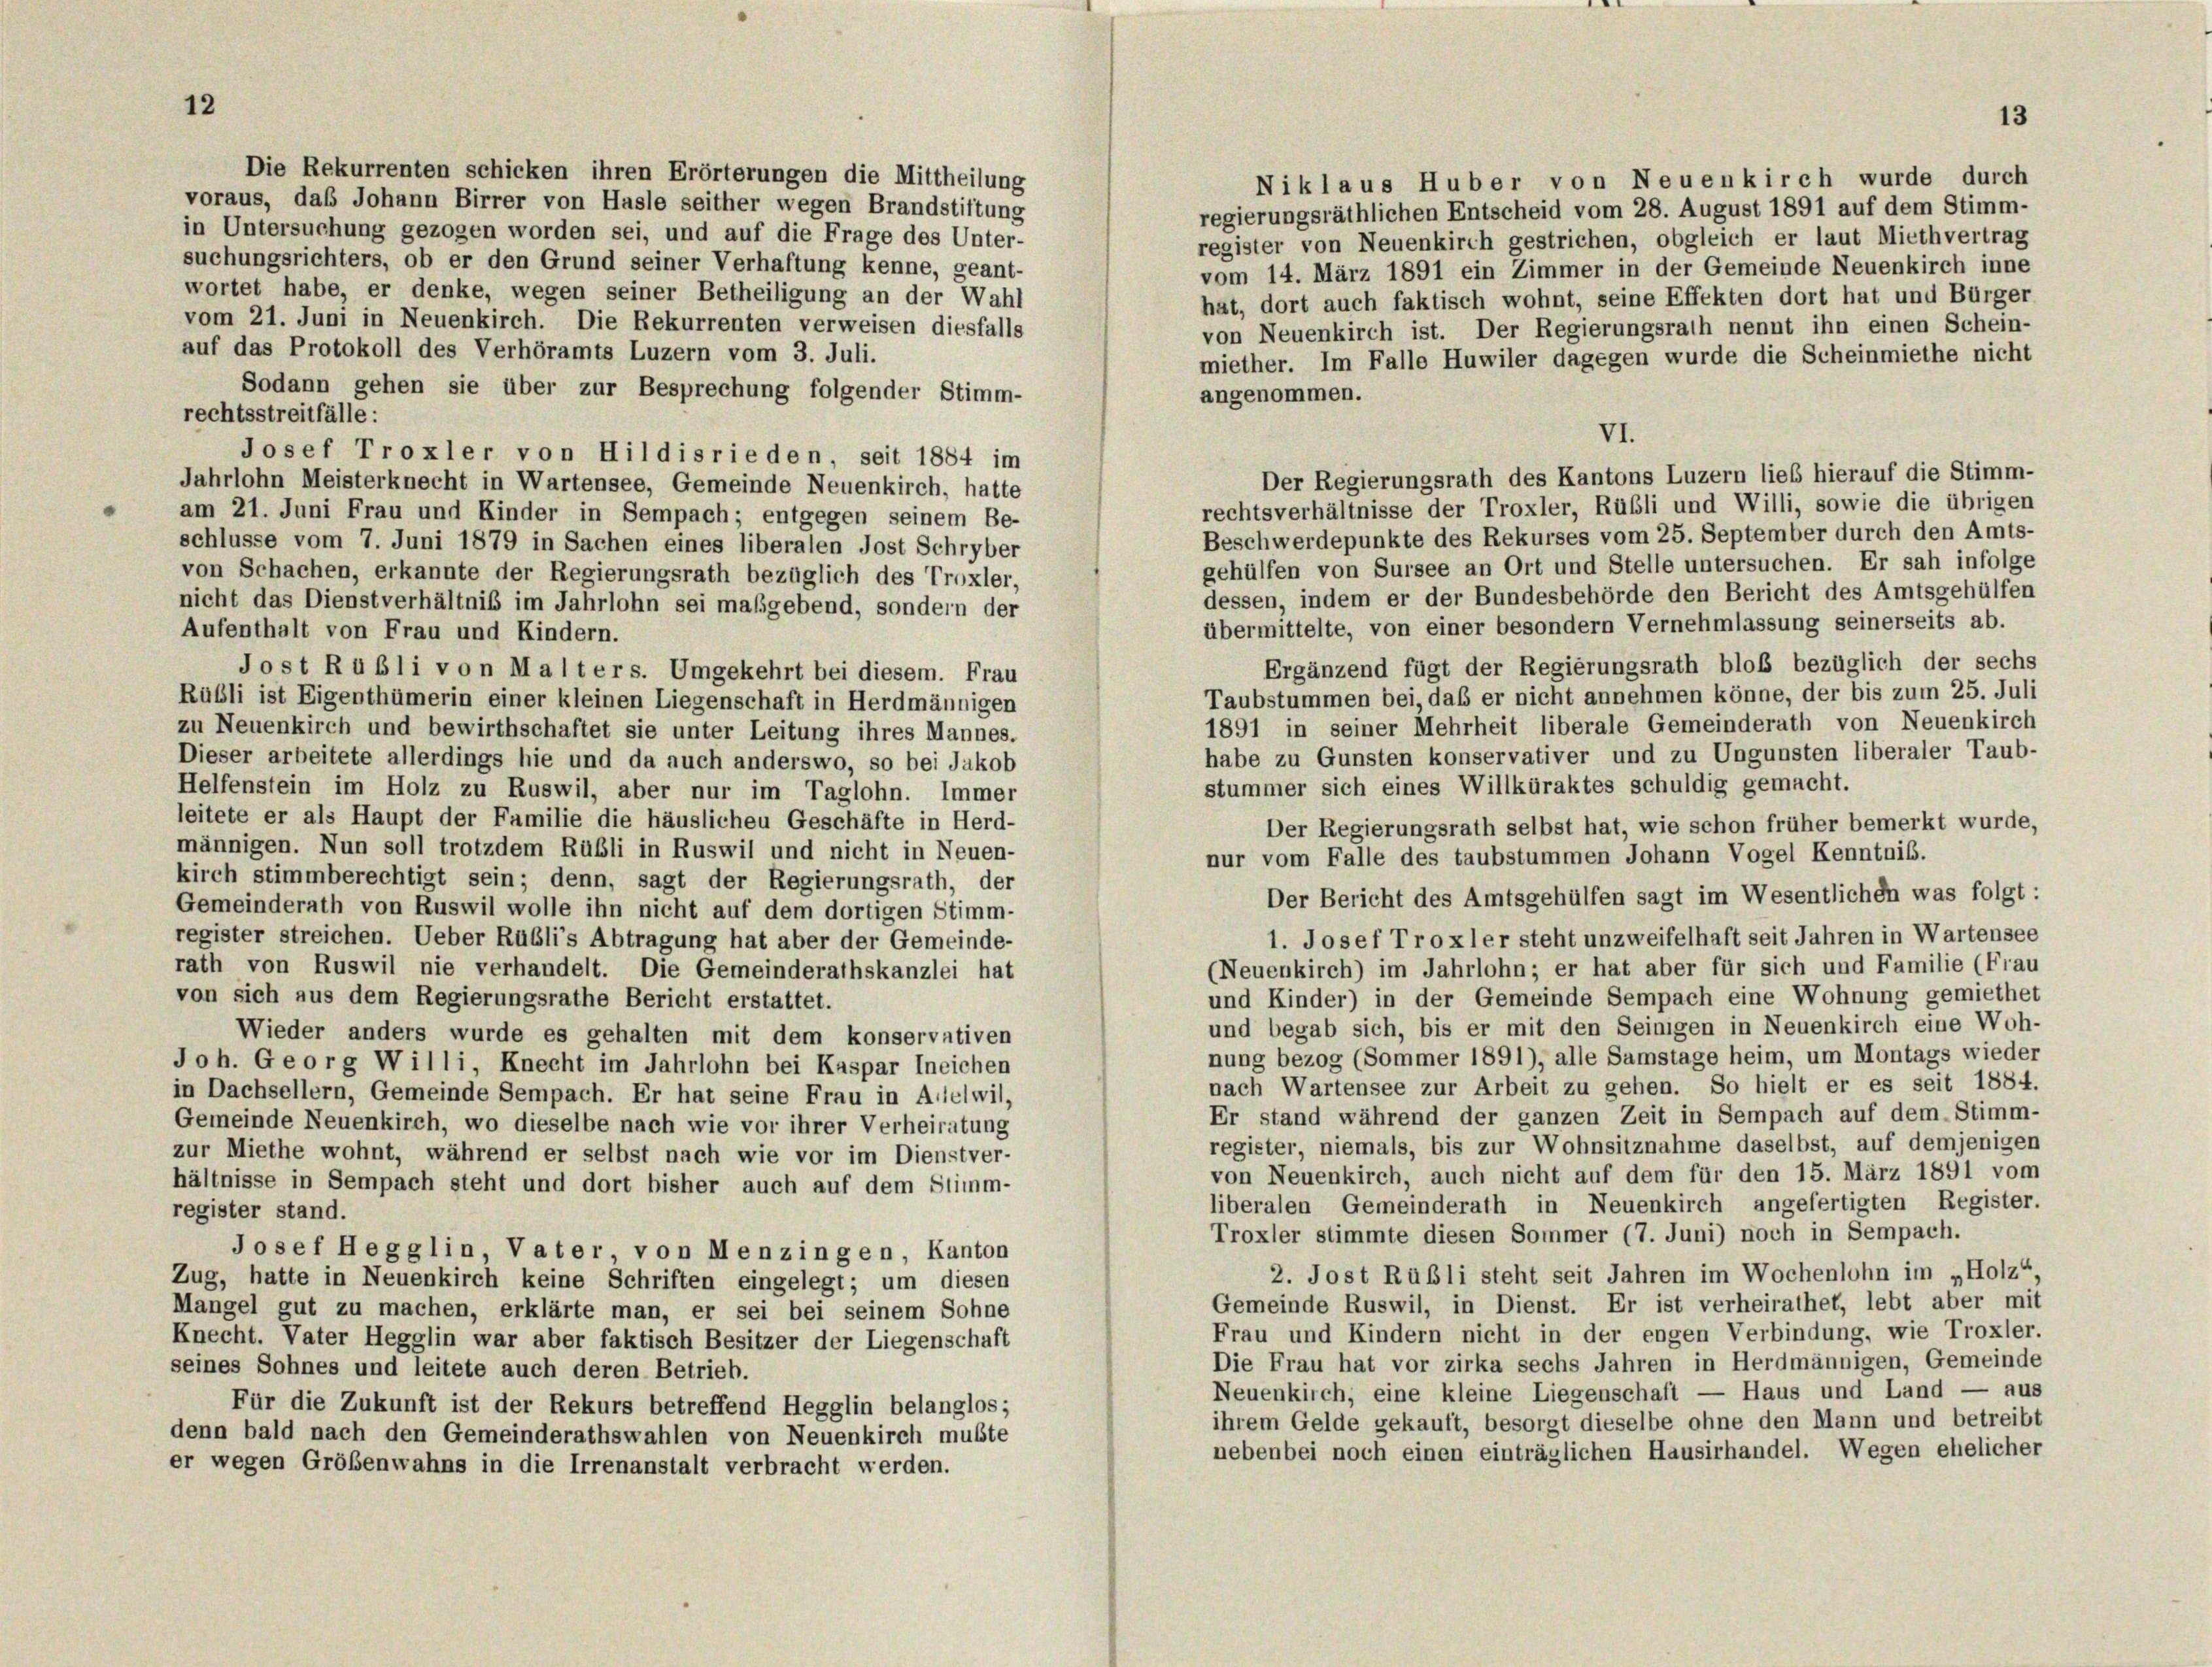
12

Die Rekurrenten schicken ihren Erörterungen die Mittheilung
Niklaus Huber von Neuenkirch wurde durch
voraus, daß Johann Birrer von Hasle seither wegen Brandstiftung
regierungsräthlichen Entscheid vom 28. August 1891 auf dem Stimm-
in Untersuchung gezogen worden sei, und auf die Frage des Unter-
register von Neuenkirch gestrichen, obgleich er laut Miethvertrag
suchungsrichters, ob er den Grund seiner Verhaftung kenne, geant-
vom 14. März 1891 ein Zimmer in der Gemeinde Neuenkirch inne
wortet habe, er denke, wegen seiner Betheiligung an der Wahl
hat, dort auch faktisch wohnt, seine Effekten dort hat und Bürger
vom 21. Juni in Neuenkirch. Die Rekurrenten verweisen diesfalls
von Neuenkirch ist. Der Regierungsrath nennt ihn einen Schein-
auf das Protokoll des Verhöramts Luzern vom 3. Juli.
miether. Im Falle Huwiler dagegen wurde die Scheinmiethe nicht
Sodann gehen sie über zur Besprechung folgender Stimm-
angenommen.
rechtsstreitfälle:
VI.
Josef Troxler von Hildisrieden, seit 1884 im
Der Regierungsrath des Kantons Luzern lieb hierauf die Stimm-
Jahrlohn Meisterknecht in Wartensee, Gemeinde Neuenkirch, hatte
rechtsverhältnisse der Troxler, Rübli und Willi, sowie die übrigen
am 21. Juni Frau und Kinder in Sempach; entgegen seinem Be-
Beschwerdepunkte des Rekurses vom 25. September durch den Amts-
schlüsse vom 7. Juni 1879 in Sachen eines liberalen Jost Schryber
gehülfen von Sursee an Ort und Stelle untersuchen. Er sah infolge
von Schachen, erkannte der Regierungsrath bezüglich des Troxler,
dessen, indem er der Bundesbehörde den Bericht des Amtsgehülfen
nicht das Dienstverhältniß im Jahrlohn sei maßgebend, sondern der
übermittelte, von einer besondern Vernehmlassung seinerseits ab.
Aufenthalt von Frau und Kindern.
Ergänzend fügt der Regierungsrath bloß bezüglich der sechs
Jost Rubli von Malter s. Umgekehrt bei diesem. Frau
Taubstummen bei, daß er nicht annehmen könne, der bis zum 25. Juli
Rübli ist Eigenthümerin einer kleinen Liegenschaft in Herdmännigen
1891 in seiner Mehrheit liberale Gemeinderath von Neuenkirch
zu Neuenkirch und bewirthschaftet sie unter Leitung ihres Mannes.
habe zu Gunsten konservativer und zu Ungunsten liberaler Taub-
Dieser arbeitete allerdings hie und da auch anderswo, so bei Jakob
stummer sich eines Willküraktes schuldig gemacht.
Helfenstein im Holz zu Ruswil, aber nur im Taglohn. Immer
leitete er als Haupt der Familie die häuslichen Geschäfte in Herd-
Der Regierungsrath selbst hat, wie schon früher bemerkt wurde,
männigen. Nun soll trotzdem Rübli in Ruswil und nicht in Neuen-
nur vom Falle des taubstummen Johann Vogel Kenntnis.
kirch stimmberechtigt sein; denn, sagt der Regierungsrath, der
Der Bericht des Amtsgehülfen sagt im Wesentlichen was folgt:
Gemeinderath von Ruswil wolle ihn nicht auf dem dortigen Stimm-
1. Josef Troxler steht unzweifelhaft seit Jahren in Wartensee
register streichen. Ueber Rubli’s Abtragung hat aber der Gemeinde-
rath von Ruswil nie verhandelt. Die Gemeinderathskanzlei hat
(Neuenkirch) im Jahrlohn; er hat aber für sich und Familie (Frau
und Kinder) in der Gemeinde Sempach eine Wohnung gemiethet
von sich aus dem Regierungsrathe Bericht erstattet.
und begab sich, bis er mit den Seinigen in Neuenkirch eine Woh-
Wieder anders wurde es gehalten mit dem konservativen
nung bezog (Sommer 1891), alle Samstage heim, um Montags wieder
Joh. Georg Willi, Knecht im Jahrlohn bei Kaspar Ineichen
nach Wartensee zur Arbeit zu gehen. So hielt er es seit 1884.
in Dachsellern, Gemeinde Sempach. Er hat seine Frau in Altelwil,
Er stand während der ganzen Zeit in Sempach auf dem Stimm-
Gemeinde Neuenkirch, wo dieselbe nach wie vor ihrer Verheiratung
register, niemals, bis zur Wohnsitznahme daselbst, auf demjenigen
zur Miethe wohnt, während er selbst nach wie vor im Dienstver-
von Neuenkirch, auch nicht auf dem für den 15. März 1891 vom
hältnisse in Sempach steht und dort bisher auch auf dem Stimm-
liberalen Gemeinderath in Neuenkirch angefertigten Register.
register stand.
Troxler stimmte diesen Sommer (7. Juni) noch in Sempach.
Josef Hegglin, Vater, von Menzingen, Kanton
2. Jost Rübli steht seit Jahren im Wochenlohn im „Holz“.
Zug, hatte in Neuenkirch keine Schriften eingelegt; um diesen
Gemeinde Ruswil, in Dienst. Er ist verheirathet, lebt aber mit
Mangel gut zu machen, erklärte man, er sei bei seinem Sohne
Frau und Kindern nicht in der engen Verbindung, wie Troxler.
Knecht. Vater Hegglin war aber faktisch Besitzer der Liegenschaft
Die Frau hat vor zirka sechs Jahren in Herdmännigen, Gemeinde
seines Sohnes und leitete auch deren Betrieb.
Neuenkirch, eine kleine Liegenschaft — Haus und Land — aus
Für die Zukunft ist der Rekurs betreffend Hegglin belanglos;
ihrem Gelde gekauft, besorgt dieselbe ohne den Mann und betreibt
denn bald nach den Gemeinderathswahlen von Neuenkirch mußte
nebenbei noch einen einträglichen Hausirhandel. Wegen ehelicher
er wegen Größenwahns in die Irrenanstalt verbracht werden.

13